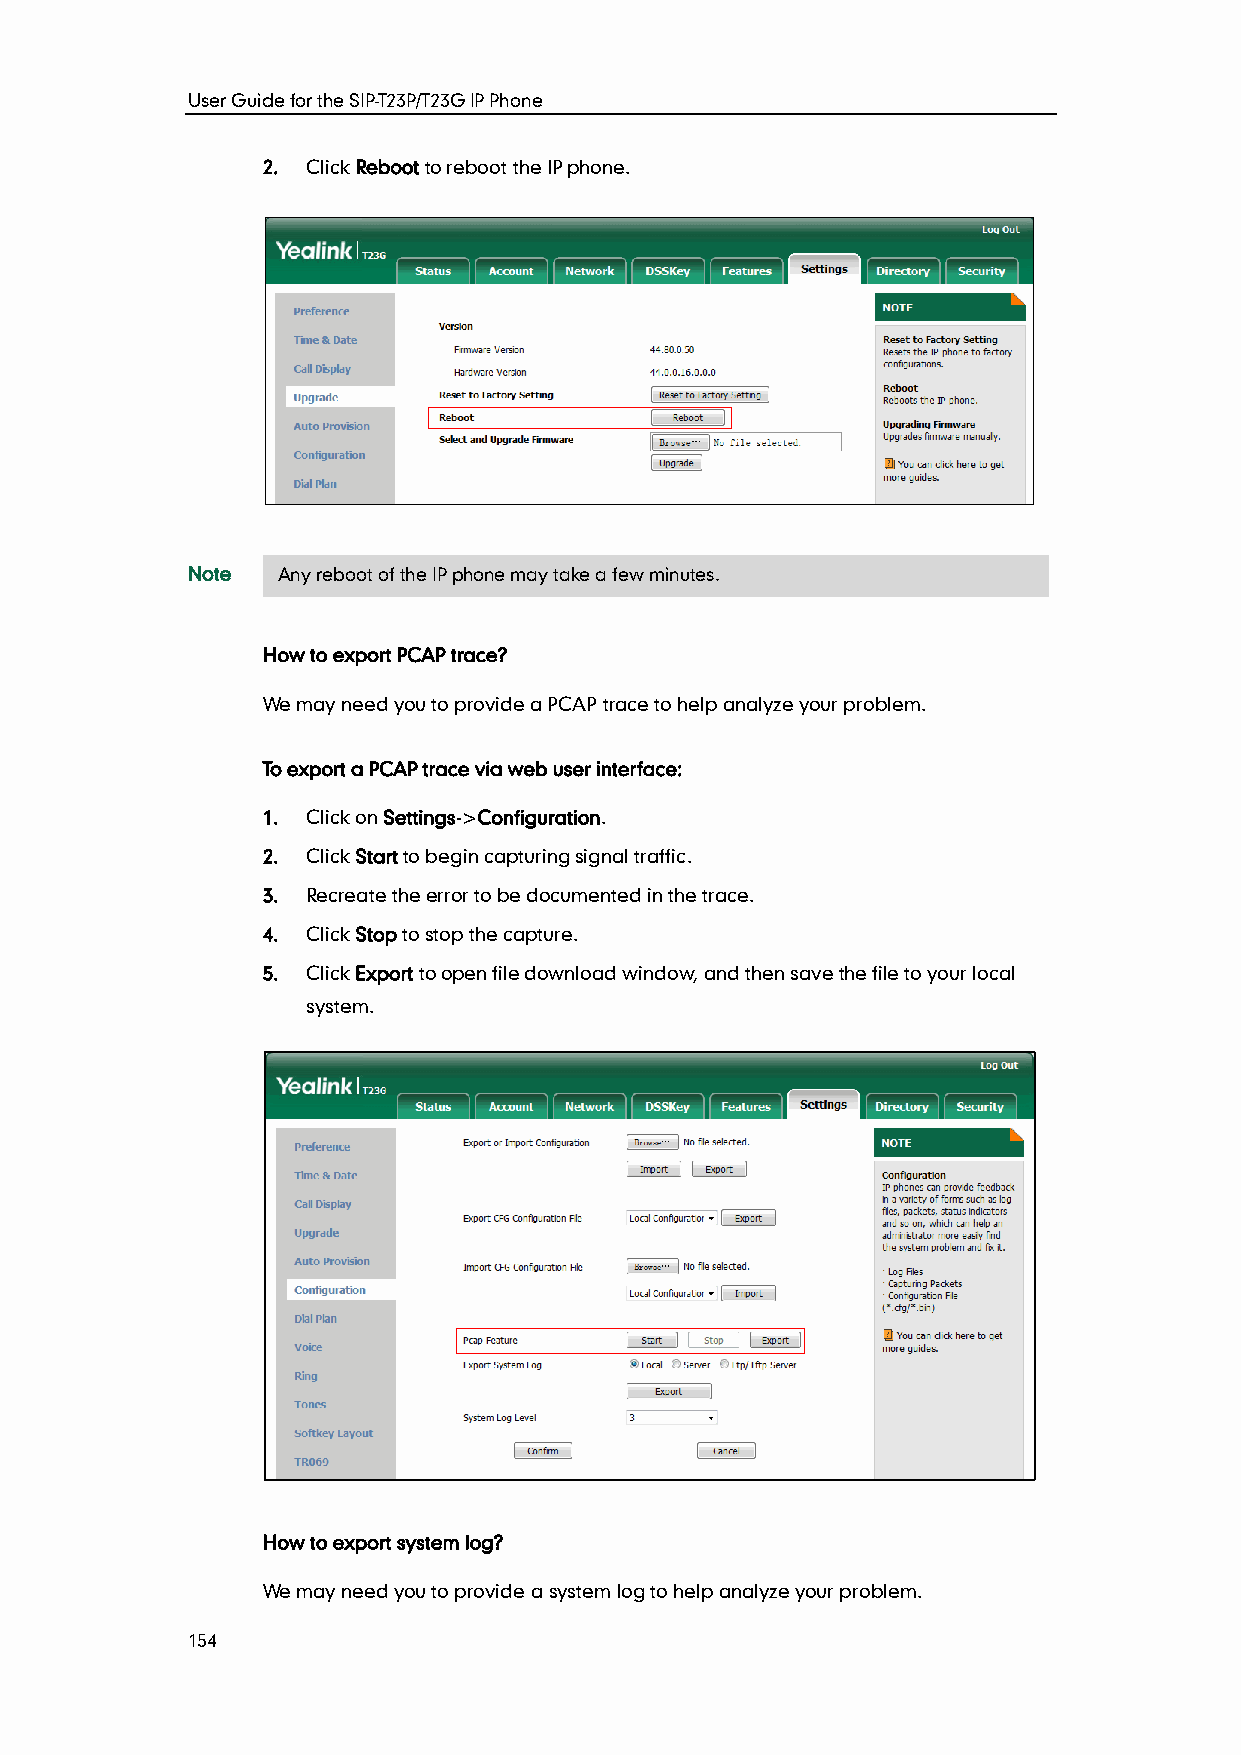
User Guide for the SIP-T23P/T23G IP Phone
 2. Click Reboot to reboot the IP phone.
 Note  Any reboot of the IP phone may take a few minutes.
 How to export PCAP trace?
 We may need you to provide a PCAP trace to help analyze your problem.
 To export a PCAP trace via web user interface:
 1. Click on Settings->Configuration.
 2. Click Start to begin capturing signal traffic.
 3. Recreate the error to be documented in the trace.
 4. Click Stop to stop the capture.
 5. Click Export to open file download window, and then save the file to your local
 system.
 How to export system log?
 We may need you to provide a system log to help analyze your problem.
 154